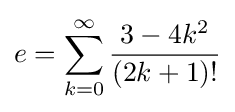
e=\sum _{k=0}^{\infty }{\frac {3-4k^{2}}{(2k+1)!}}